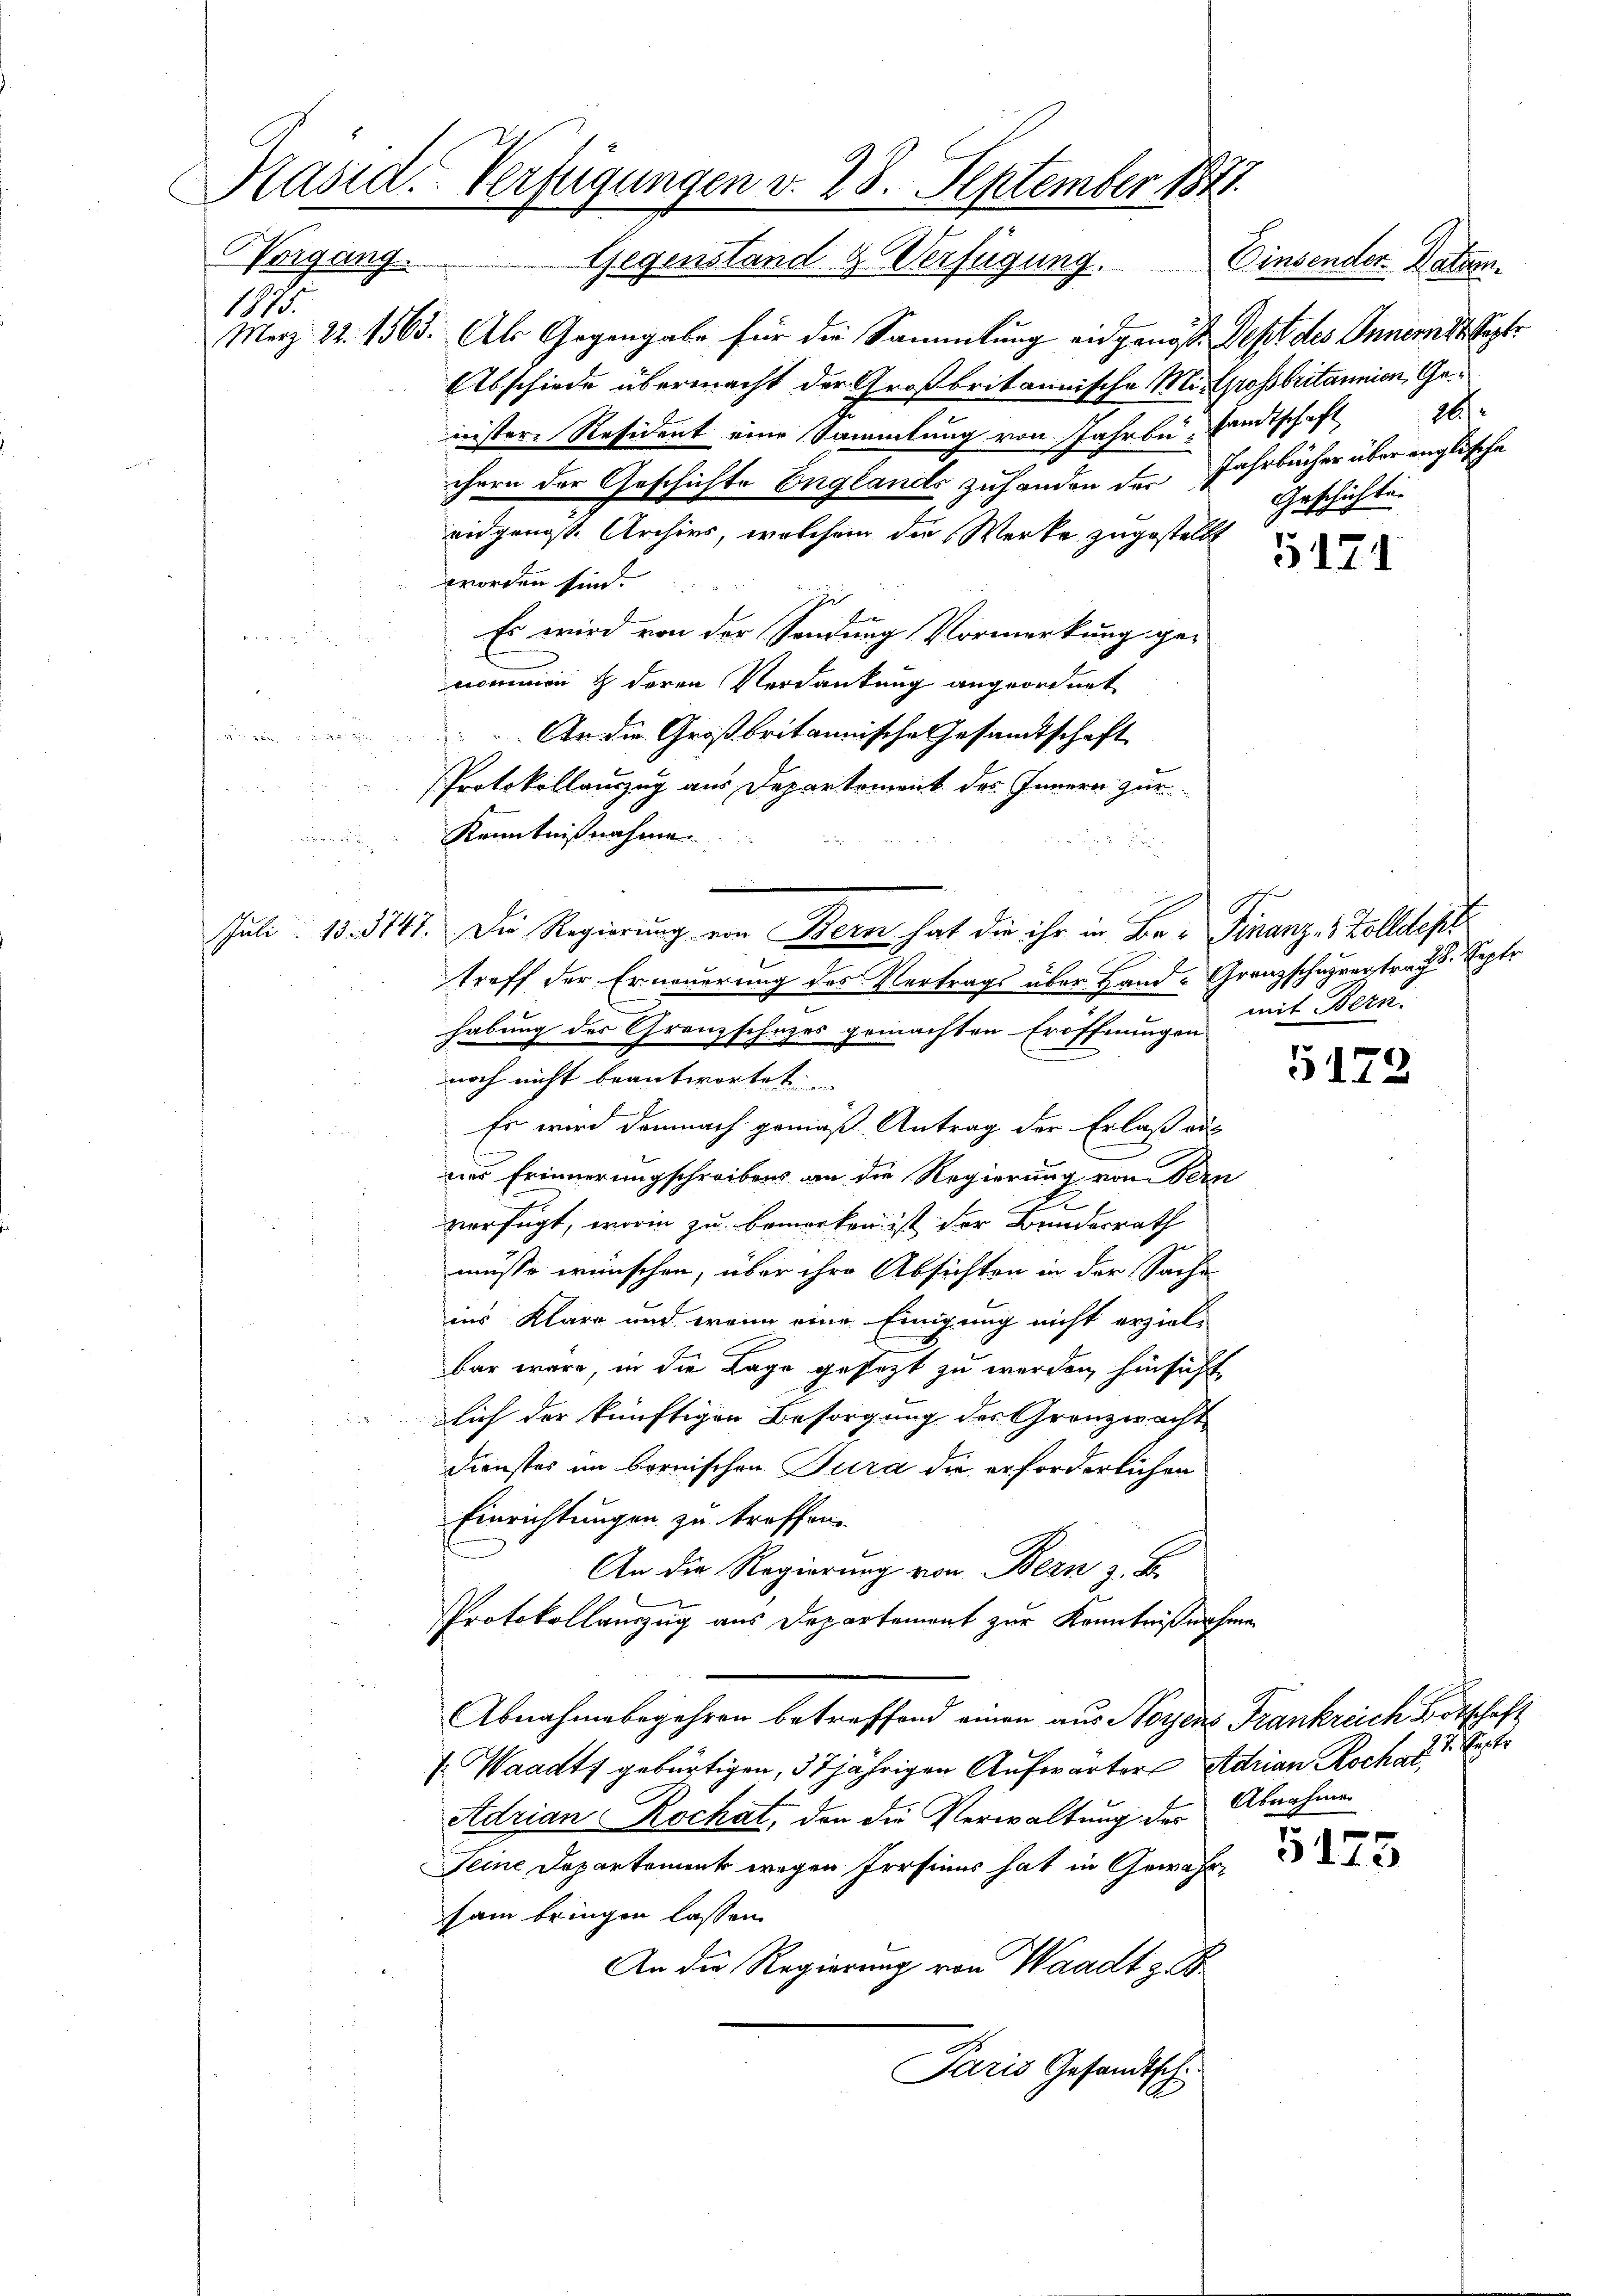
Kasid. Verfügungen v. 28. September 1871
Vorgang.
Gegenstand & Verfügung. Einsender Datum.

1875.

Merz 22. 1563. Als Gegengabe für die Sammlung eidgenöss. Dest des Innerst Septe
Abschiede übermacht der Großbritannische Mit Großbritannien, Genister Resident eine Sammlung von Jahrbu- Sandtschaft
chern der Geschichte Englands zuhanden der Jahrbücher über englische
ridgenoss. Archivs, welchem die Werke zugestellt
worden sind.
E
Es wird von der Sendung Vormerkung ge-
nommen & deren Verdankung angeordnet
An die Großbritannische Gesandtschaft

Protokollauszug aus Departement des Innern zur
Kenntnißnahme.
9
Juli 13. 5741. Die Regierung von Bern hat die ihr in Be- Finanz- 3 Zolldept
treff der Erneuerung des Vertrags über Hand-Granzschurertrags. Septe
habung des Grenzschuzes gemachten Eröffnungen
noch nicht beantwortet
Es wird demnach gemäß Antrag der Erlaß aus
ner Erinnerungschreibens an die Regierung von Fern
verfügt, worin zu bemerken ist der Bundesrath
müsse wünschen, über ihre Absichten in der Sache
ins Klare und wenn eine Einigung nicht erzielbar wäre, in die Lage gesetzt zu werden, hinsicht,
lich der künftigen Besorgung des Grenzwacht
Dienstes im bernischen Jura die erforderlichen
Einrichtungen zu troffen.
An die Regierung von Bern z. B.
Protokollauszug aus Departement zur Kenntnißnahmen
Abnahmebegehren betreffend einen aus Noyens Frankreich Botschaft
 Waadt gebürtigen, 37jährigen Aufwärter Adrian Roch ad 1. Sept
Abnahme
Adrian Rochat, den die Verwaltung des
Seine Departement wegen Prosius hat in Gewahr
sam bringen lassen.
An die Regierung von Waadt z. B.
Paris Gesandtsch

d
Geschichten

5171

mit Bern.

5172